Lunatic asylums Bombay report 1891-1903 - 1891-1903
Year: 1891
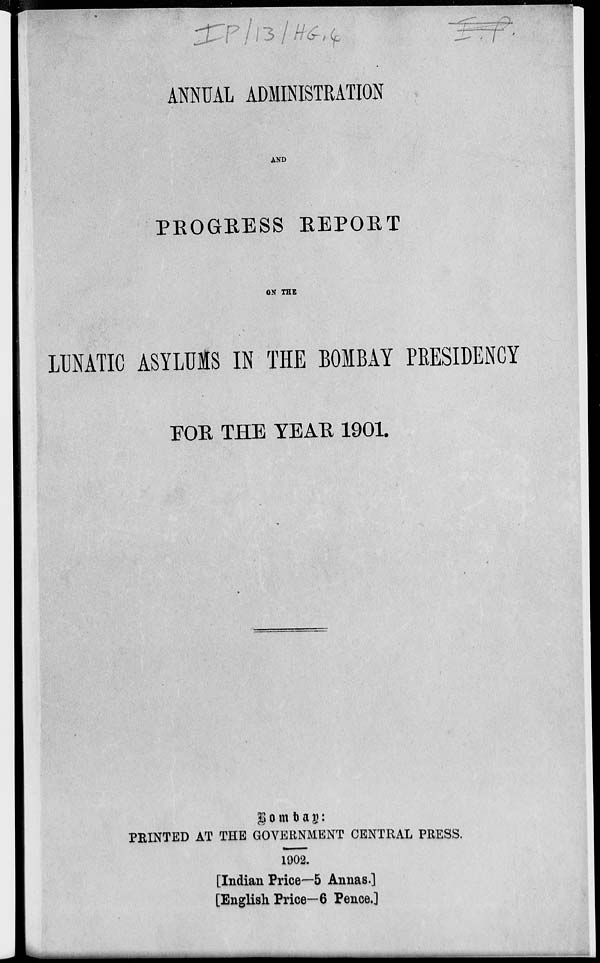
ANNUAL ADMINISTRATION
AND
PROGRESS REPORT
ON THE
LUNATIC ASYLUMS IN THE BOMBAY PRESIDENCY
FOR THE YEAR 1901.
Bombay :
PRINTED AT THE GOVERNMENT CENTRAL PRESS.
1902.
[Indian Price—5 Annas.]
[English Price—6 Pence.]